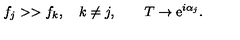
f _ { j } > > f _ { k } , \quad k \not = j , \qquad T \rightarrow \mathrm { e } ^ { i \alpha _ { j } } .